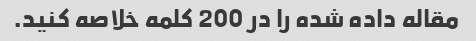
مقاله داده شده را در 200 کلمه خلاصه کنید.